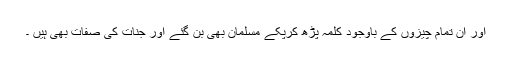
اور ان تمام چیزوں کے باوجود کلمہ پڑھ کرپکے مسلمان بھی بن گئے اور جنات کی صفات بھی ہیں ۔